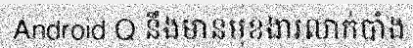
Android Q នឹងមានមុខងារលាក់បាំង